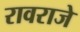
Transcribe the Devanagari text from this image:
रावराजे